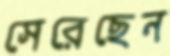
সেরেছেন